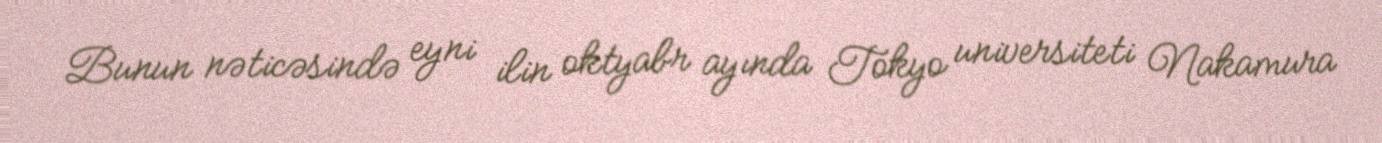
Bunun nəticəsində eyni ilin oktyabr ayında Tokyo universiteti Nakamura